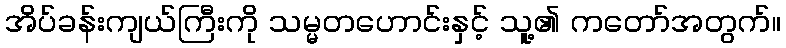
အိပ်ခန်းကျယ်ကြီးကို သမ္မတဟောင်းနှင့် သူ့၏ ကတော်အတွက်။